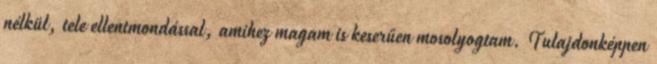
nélkül, tele ellentmondással, amihez magam is keserűen mosolyogtam. Tulajdonképpen